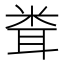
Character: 𥹢